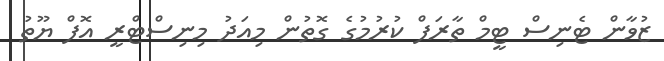
ޒުވާން ޓެނިސް ޓީމް ތާރަފް ކުރުމުގެ ގޮތުން މިއަދު މިނިސްޓްރީ އޮފް ޔޫތު